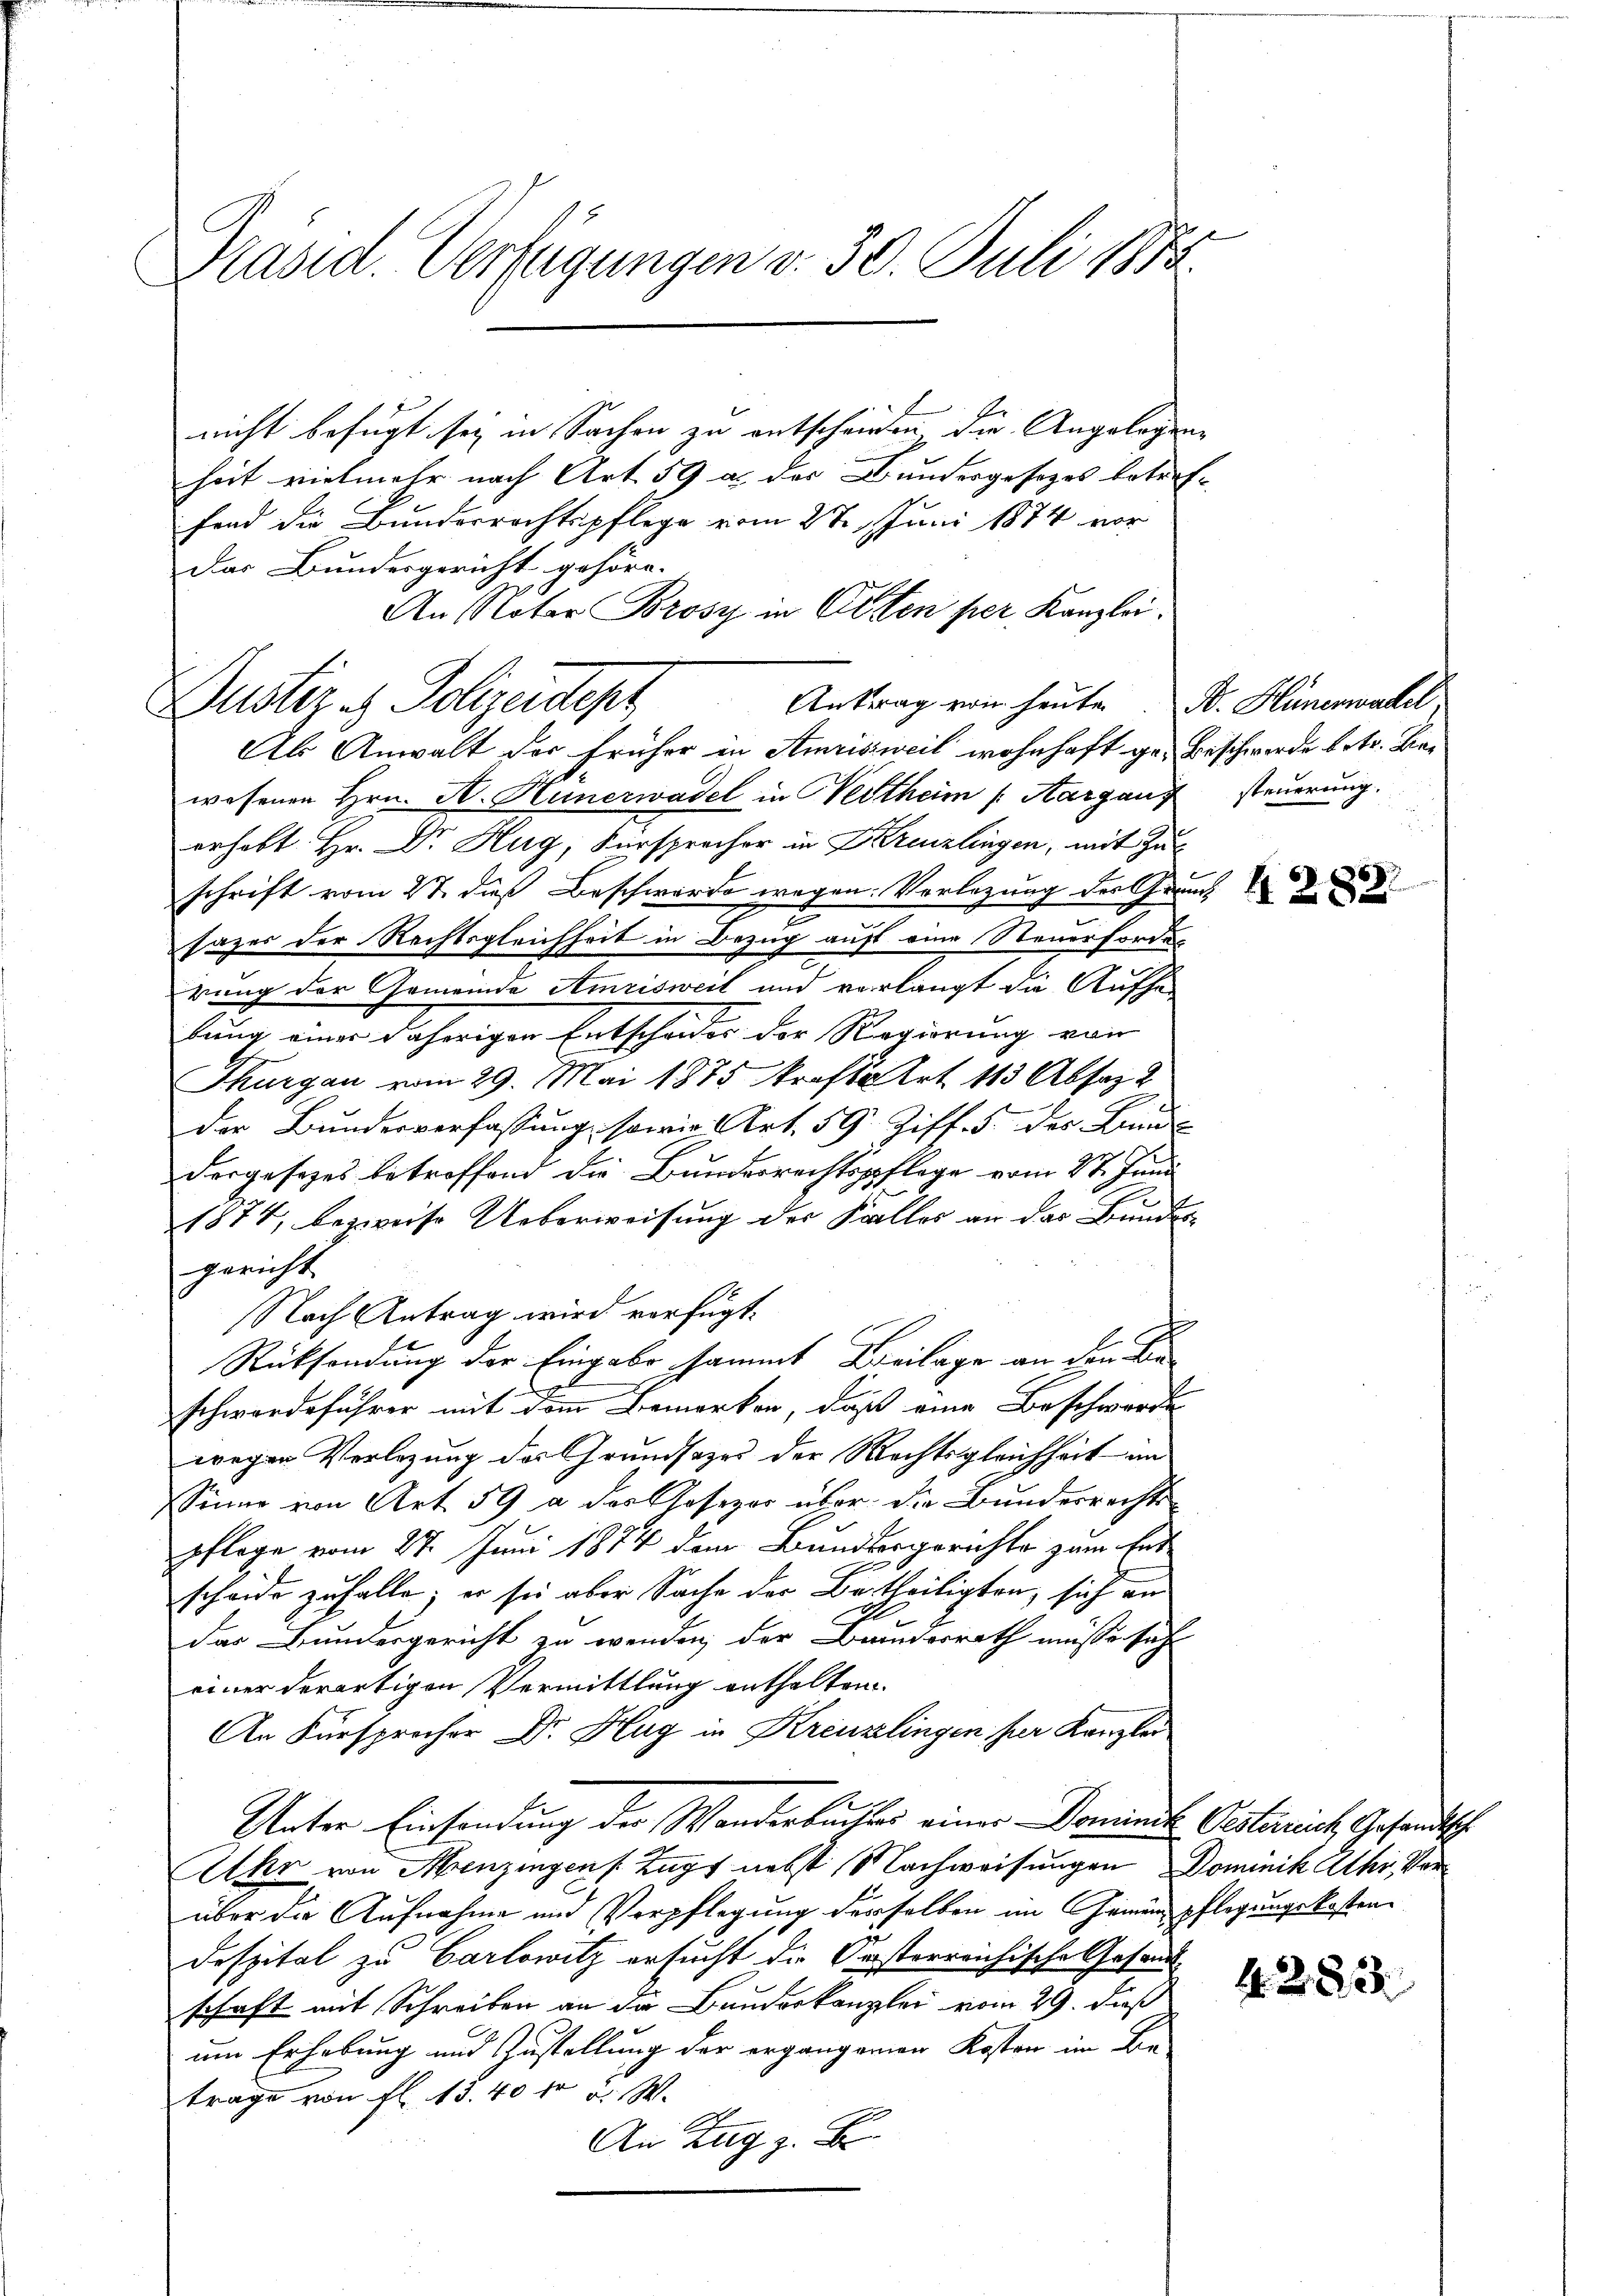
Präsid. Verfügungen v. 30. Juli 1872

Justiz & Polizeidept

nicht befugt sey in Sachen zu entscheinen die Angelegen
heit vielmehr nach Art. 59 an der Bundergesezes betreffand die Bunderrechtspflege vom 27. Juni 1874 vor
Das Bundesgericht gehöre.
An Notar Brosy in Otten per Kanzlei.
Als Anwalt der früher in Amrisweil wohnhaft ge- Beschwerde betr. Bewesenen Hrn. A. Hünerwadel in ertheim /: Aargau steŭerŭng.
erhebt Hr. Dr. Hug, Fürspracher in Kreuzlingen, mit Zuschrift vom 22. dieß Beschwerde wegen Vorlegung des Grund
sazes der Rechtsgleichheit in Bezug auf eine Steuerfordes
rung der Gemeinde Amrisweil und verlangt die Aufhebung einer daherigen Entscheides der Regierung von
Thurgau vom 29. Mai 1875 krafttrt 113 Absatz
der Bundesverfassung, sowie Art. 59 Ziff. 5 des Land¬
Forgesezes betreffend die Bundesrechtspflege vom 27. Juni
1874, bezweise Ueberweisung der Kalles an das Bundesgericht
Nach Antrag wird verfügt.
Rücksendung der Eingabe sammt Beilage an den Beschwerdeführer mit dem Bemerken, daß eine Beschwerde
wegen Verlegung des Grundsazes der Rechtsgleichheit an
Sinne von Art. 59 a der Gesezor über die Bundesrechts
pflege vom 27. Juni 1874 dem Bundbergerichte zum Ent-
scheide zufalle; er sei aber Sache der Bertheiligten, sich an
M
das Bundesgericht zu wenden, der Bruderrath müsse sich
einer derartigen Vermittlung enthalten.
An Fürsprocher Dr. Hug in Kreuzlingen per Kanzlei
Unter Einsendung der Wanderbuches einer Dominat Oesterrich, Gesandtsche
Atkr von Menzingen Zug nebst Nachweisungen Dominik Athi, Verüber die Aufnahme und Verpflegung derselben im Gemünpflegungskosten
Despital zu Carlowitz ersucht die Orsterreichische Gesandt
schaft mit Schreiben an die Bauderkanzlei vom 29. daß
um Erhebung und Zustellung der ergangenen Kosten im Be-
trage von fl. 15.40 fr a. W.
An Zug z. B.

Antrag von heute Dr. Hünerwartel

1288.

4233